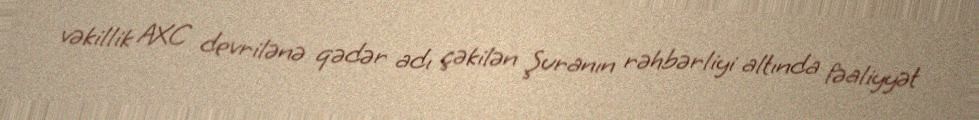
vəkillik AXC devrilənə qədər adı çəkilən Şuranın rəhbərliyi altında fəaliyyət